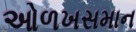
ઓળખસમાન